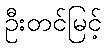
ဦးတင်မြင့်